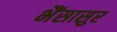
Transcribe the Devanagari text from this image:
भैंसासुर